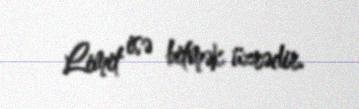
Limit isə bitmək üzrədir.